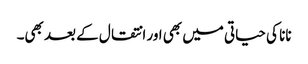
نانا کی حیاتی میں بھی اور انتقال کے بعد بھی۔